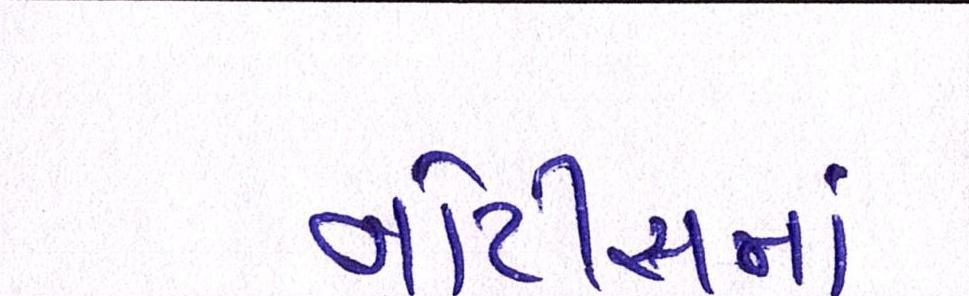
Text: નોટીસમાં